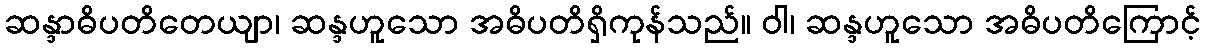
ဆန္ဒာဓိပတိတေယျာ၊ ဆန္ဒဟူသော အဓိပတိရှိကုန်သည်။ ဝါ၊ ဆန္ဒဟူသော အဓိပတိကြောင့်